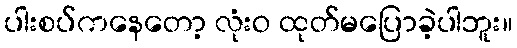
ပါးစပ်ကနေတော့ လုံးဝ ထုတ်မပြောခဲ့ပါဘူး။